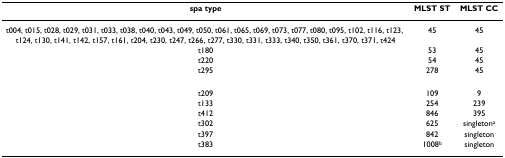
| spa type | MLST ST | MLST CC |
 | --- | --- | --- |
 | t004, t015, t028, t029, t031, t033, t038, t040, t043, t049, t050, t061, t065, t069, t073, t077, t080, t095, t102, t116, t123, t124, t130, t141, t142, t157, t161, t204, t230, t247, t266, t277, t330, t331, t333, t340, t350, t361, t370, t371, t424 | 45 | 45 |
 | t180 | 53 | 45 |
 | t220 | 54 | 45 |
 | t295 | 278 | 45 |
 | t209 | 109 | 9 |
 | t133 | 254 | 239 |
 | t412 | 846 | 395 |
 | t302 | 625 | singletona |
 | t397 | 842 | singleton |
 | t383 | 1008b | singleton |